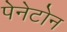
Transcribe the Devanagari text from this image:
पेनेटोन